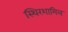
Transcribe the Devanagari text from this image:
स्थिरशामिल